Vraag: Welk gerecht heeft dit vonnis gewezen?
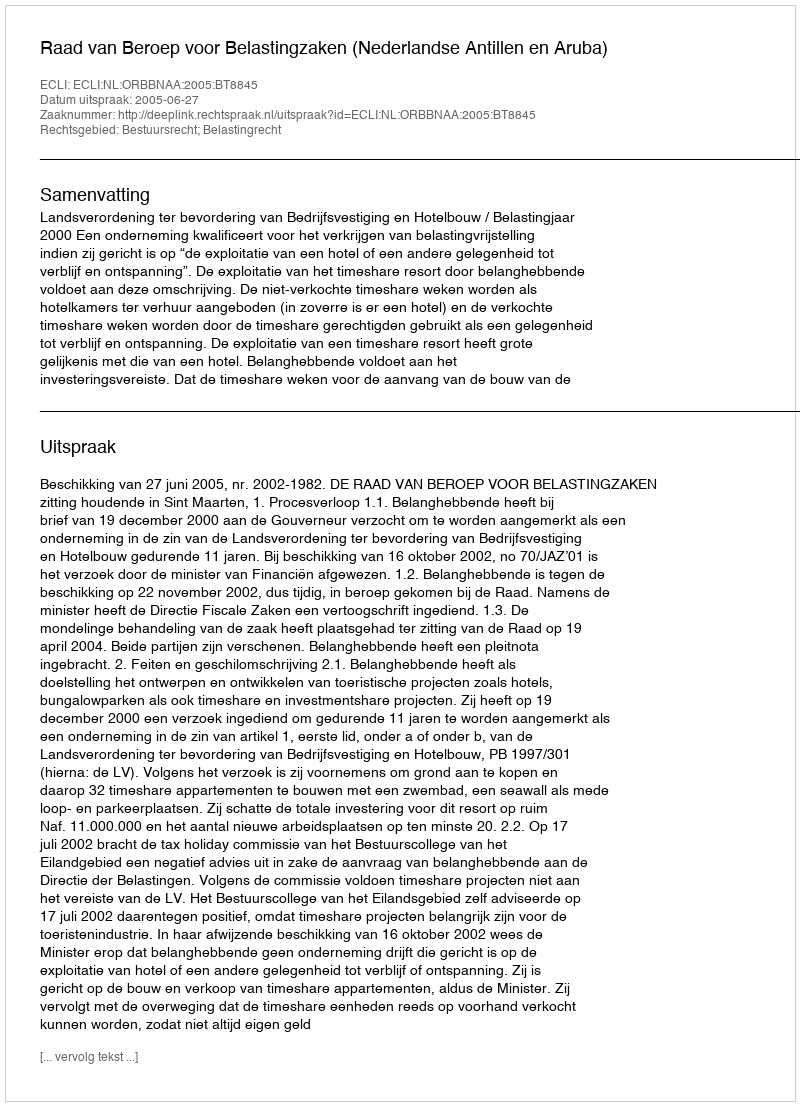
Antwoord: Raad van Beroep voor Belastingzaken (Nederlandse Antillen en Aruba)